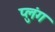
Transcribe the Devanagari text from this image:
प्लुंग